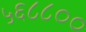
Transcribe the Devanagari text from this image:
५६८८००